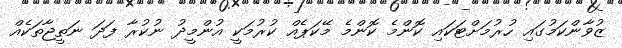
ޒުވާންކަމުގައި ހުރުމަށްޓަކައި ކޮންމެ ކޮންމެ މޭކަޕެއް ކުރުމަކީ އުންމީދު ނުކުރާ ފަދަ ނަތީޖާތަކެއް